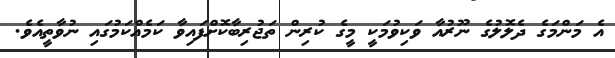
އެ މަންމަގެ ދެލޮލުގެ ނޫރުއާ ވަކިވުމަކީ މީގެ ކުރިން ތަޖުރިބާކޮށްފައިވާ ކަމެއްކަމުގައި ނުވާތީއެވެ.